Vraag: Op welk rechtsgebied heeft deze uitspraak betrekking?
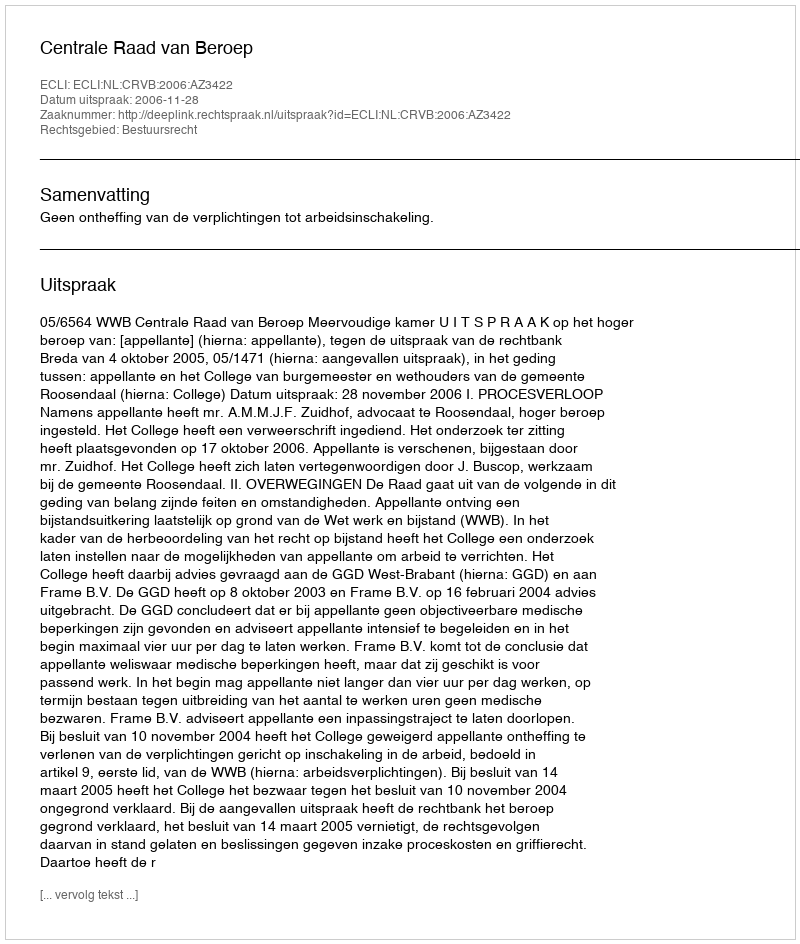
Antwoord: Bestuursrecht